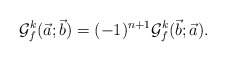
\begin{align*}\mathcal{G}^k_f(\vec{a};\vec{b})=(-1)^{n+1}\mathcal{G}^k_f(\vec{b};\vec{a}).\end{align*}